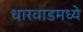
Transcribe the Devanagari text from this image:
धारवाडमध्ये